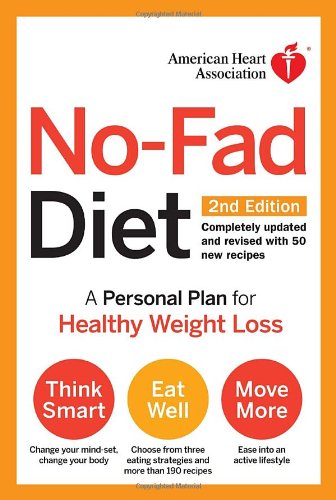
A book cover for American Heart Association No-Fad Diet, 2nd Edition: A Personal Plan for Healthy Weight Loss; American Heart Association; Health, Fitness & Dieting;